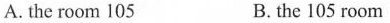
A. the room 105 B.the 105 room